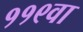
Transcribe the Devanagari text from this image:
११९वा